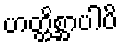
ဟတ္ထိစ္ဆာပါပိ